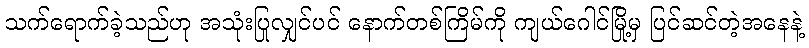
သက်ရောက်ခဲ့သည်ဟု အသုံးပြုလျှင်ပင် နောက်တစ်ကြိမ်ကို ကျယ်ဂေါင်မြို့မှ ပြင်ဆင်တဲ့အနေနဲ့